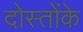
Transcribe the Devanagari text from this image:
दोस्तोंके